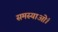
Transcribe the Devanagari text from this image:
समस्याओं।